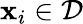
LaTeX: \mathbf{x}_{i}\in\mathcal{{D}}